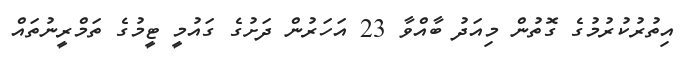
އިތުރުކުރުމުގެ ގޮތުން މިއަދު ބާއްވާ 23 އަހަރުން ދަށުގެ ގައުމީ ޓީމުގެ ތަމްރީނުތައް